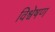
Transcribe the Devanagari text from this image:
विश्वेषण